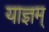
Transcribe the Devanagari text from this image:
याज्ञम्